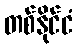
တစ်နိုင်ငံ